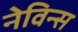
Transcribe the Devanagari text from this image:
नेविन्स